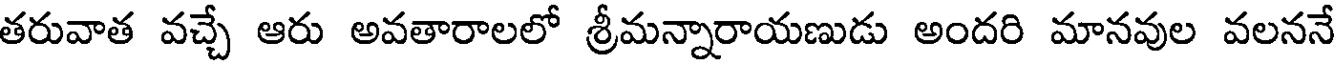
తరువాత వచ్చే ఆరు అవతారాలలో శ్రీమన్నారాయణుడు అందరి మానవుల వలననే